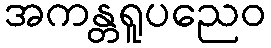
အကန္တရူပညေဝ